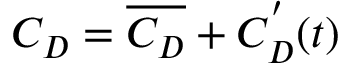
C _ { D } = \overline { { C _ { D } } } + C _ { D } ^ { ' } ( t )